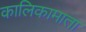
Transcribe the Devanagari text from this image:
कालिकामाता